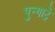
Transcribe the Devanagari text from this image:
पुन्गाट्रे